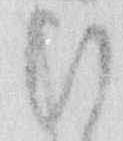
ひ